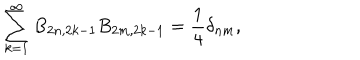
LaTeX: \sum _ { k = 1 } ^ { \infty } B _ { 2 n , 2 k - 1 } B _ { 2 m , 2 k - 1 } = \frac { 1 } { 4 } \delta _ { n m } ,